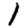
Digit: 1